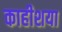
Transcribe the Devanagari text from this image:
काहीशया